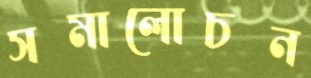
সমালোচন